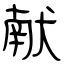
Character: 献